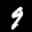
Label: 9